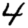
Digit: 4